Lunatic asylums United Prov. 1922-30 - 1922-1930
Year: 1922
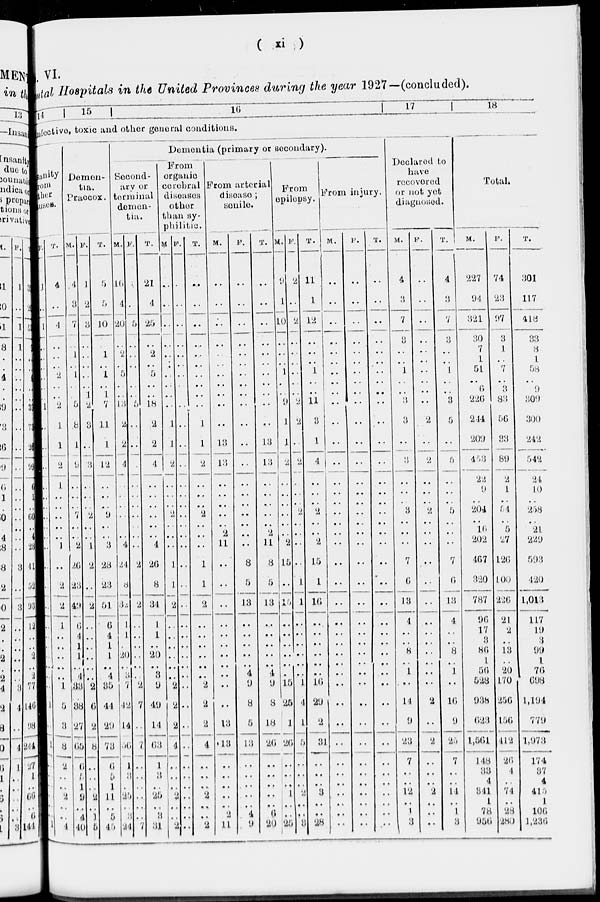
( xi )
VI.
mental Hospitals
in the United Provinces during the year 1927—(concluded).
14
15
16
17
18
infective, toxic and other general conditions.
insanity
from
other
causes.
F.
1
..
1
..
..
..
..
..
..
1
..
..
..
..
..
..
..
..
..
..
..
..
..
..
..
..
..
..
..
..
..
..
..
..
..
..
..
..
..
..
T.
..
..
1
..
..
..
2
..
..
2
1
1
..
..
..
..
..
..
..
1
..
2
2
1
..
..
..
..
..
1
5
3
8
2
..
..
2
..
..
4
Demen-
tia.
Praecox.
M.
4
3
7
..
1
..
1
..
..
5
8
1
9
..
..
..
7
..
..
2
26
23
49
6
4
1
1
..
4
33
38
27
65
6
5
1
9
..
4
40
F.
1
2
3
..
..
..
..
..
1
2
3
..
3
..
..
..
2
..
..
l
2
..
2
..
..
..
..
..
..
2
6
2
8
..
..
..
2
..
1
5
T.
5
5
10
..
1
..
1
..
1
7
11
1
12
..
..
..
9
..
..
3
28
23
51
6
4
1
l
..
4
35
44
29
73
6
5
1
11
..
5
45
Second-
ary or
terminal
demen-
tia.
M.
16
..
20
..
2
..
5
..
..
13
2
2
4
..
..
..
..
..
..
4
24
8
32
1
1
..
20
..
3
7
42
14
56
1
..
..
25
..
3
34
F.
..
..
5
..
..
..
..
..
..
5
..
..
..
..
..
..
..
..
..
..
2
..
2
..
..
..
..
..
.
2
7
..
7
..
..
..
..
..
..
7
T.
21
4
25
..
2
..
5
..
..
18
2
2
4
..
..
..
..
..
..
4
26
8
34
1
1
..
20
..
3
9
49
14
63
1
..
..
25
..
3
31
Dementia (primary or secondary).
From
organic
cerebral
diseases
other
than
sy-
philitic.
M.
..
..
..
..
..
..
..
..
..
..
1
1
2
..
..
..
2
..
..
..
1
1
2
..
..
..
..
..
..
2
2
2
4
..
..
..
2
..
..
2
F.
..
..
..
..
..
..
..
..
..
..
..
..
..
..
..
..
..
..
..
..
..
..
..
..
..
..
..
..
..
..
..
..
..
..
..
..
..
..
..
..
T.
..
..
..
..
..
..
..
..
..
..
..
1
2
..
..
..
2
..
..
..
1
1
2
..
..
..
..
..
..
2
2
2
4
..
..
..
2
..
..
2
From arterial
disease;
senile.
M.
..
..
..
..
..
..
..
..
..
..
..
13
13
..
..
..
..
..
2
11
..
..
..
..
..
..
..
..
..
..
..
13
13
..
..
..
..
..
2
11
F.
..
..
..
..
..
..
..
..
..
..
..
..
..
..
..
..
..
..
..
..
8
5
13
..
..
..
..
..
4
9
8
5
13
..
..
..
..
..
4
9
T.
..
..
..
..
..
..
..
..
..
..
..
13
13
..
..
..
..
..
2
11
8
5
13
..
..
..
..
..
4
9
8
18
26
..
..
..
..
..
6
20
From
epilepsy.
M.
9
1
10
..
..
..
1
..
..
9
1
1
2
..
..
..
..
..
..
2
15
..
15
..
..
..
..
..
.
15
25
1
26
..
..
..
1
..
..
25
F.
2
..
2
..
..
..
..
..
..
2
2
..
2
..
..
..
2
..
..
..
..
1
1
..
..
..
..
..
..
1
4
1
5
..
..
..
2
..
..
3
T.
11
1
12
..
..
..
1
..
..
11
3
1
4
..
..
..
2
..
..
2
15
1
l6
..
..
..
..
..
..
16
29
2
31
..
..
..
3
..
..
28
From injury.
M.
..
..
..
..
..
..
..
..
..
..
..
..
..
..
..
..
..
..
..
..
..
..
..
..
..
..
..
..
..
..
..
..
..
..
..
..
..
..
..
..
F.
..
..
..
..
..
..
..
..
..
..
..
..
..
..
..
..
..
..
..
..
..
..
..
..
..
..
..
..
..
..
..
..
..
..
..
..
..
..
..
..
T.
..
..
..
..
..
..
..
..
..
..
..
..
..
..
..
..
..
..
..
..
..
..
..
..
..
..
..
..
..
..
..
..
..
..
..
..
..
..
..
..
Declared to
have
recovered
or not yet
diagnosed.
M.
4
3
7
3
..
..
1
..
..
3
3
..
3
..
..
..
3
..
..
..
7
6
13
4
..
..
8
..
1
..
14
9
23
7
..
..
12
..
1
3
F.
..
..
..
..
..
..
..
..
..
..
2
..
2
..
..
..
2
..
..
..
..
..
..
..
..
..
..
...
..
2
...
2
..
..
..
2
..
..
..
T.
4
3
7
3
..
..
1
..
..
3
5
..
5
..
..
..
5
..
..
..
7
6
13
4
..
..
8
..
1
...
16
9
23
7
..
..
14
..
1
3
Total.
M.
227
94
321
30
7
1
51
..
6
226
214
209
453
22
9
..
204
..
16
202
467
320
787
96
17
3
86
1
56
528
938
623
1,561
148
33
4
341
1
78
956
F.
74
23
97
3
1
..
7
..
3
83
56
33
89
2
1
..
54
..
5
27
126
100
226
21
2
..
13
..
20
170
256
156
412
26
4
..
74
..
28
280
T.
301
117
418
33
8
1
58
..
9
309
300
242
542
24
10
..
258
..
21
229
593
420
1,013
117
19
3
99
1
76
698
1,194
779
1,973
174
37
4
415
1
106
1,236